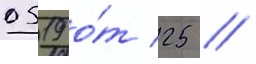
0519 о́т 25 //